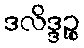
ဒလိဒ္ဒဉ္စ